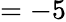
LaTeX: =-5